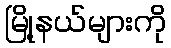
မြို့နယ်များကို